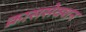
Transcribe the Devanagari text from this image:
क्राससेक्शन